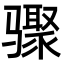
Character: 骤